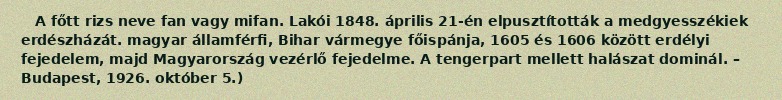
A főtt rizs neve fan vagy mifan. Lakói 1848. április 21-én elpusztították a medgyesszékiek erdészházát. magyar államférfi, Bihar vármegye főispánja, 1605 és 1606 között erdélyi fejedelem, majd Magyarország vezérlő fejedelme. A tengerpart mellett halászat dominál. – Budapest, 1926. október 5.)